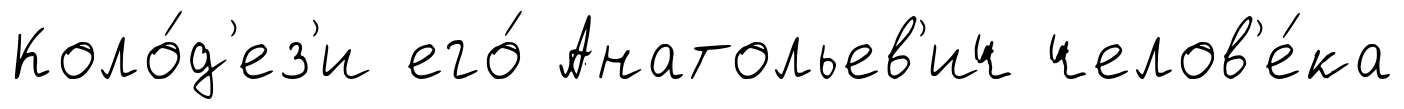
Коло́д'ез'и его́ Анатольев'ич челов'е́ка